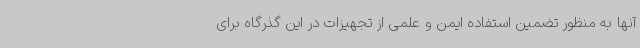
آنها به منظور تضمین استفاده ایمن و علمی از تجهیزات در این گذرگاه برای